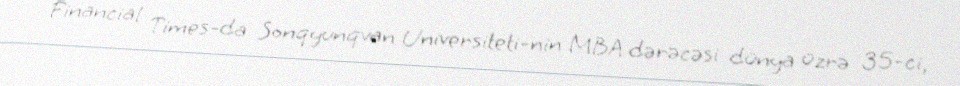
Financial Times-da Sonqyunqvan Universiteti-nin MBA dərəcəsi dünya üzrə 35-ci,